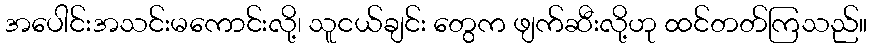
အပေါင်းအသင်းမကောင်းလို့၊ သူငယ်ချင်း တွေက ဖျက်ဆီးလို့ဟု ထင်တတ်ကြသည်။